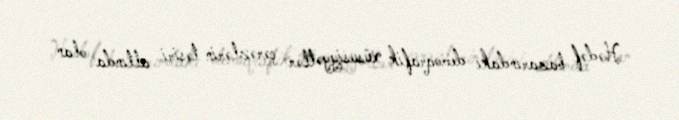
Hədəf bazarındakı demoqrafik xüsusiyyətlər çərəzlərin təsiri altında olan